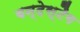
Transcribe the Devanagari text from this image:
बन्देस्टैग